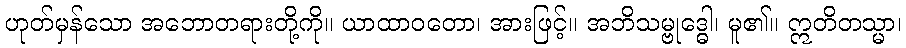
ဟုတ်မှန်သော အဘောတရားတို့ကို။ ယာထာဝတော၊ အားဖြင့်။ အဘိသမ္ဗုဒ္ဓေါ၊ မူ၏။ ဣတိတသ္မာ၊